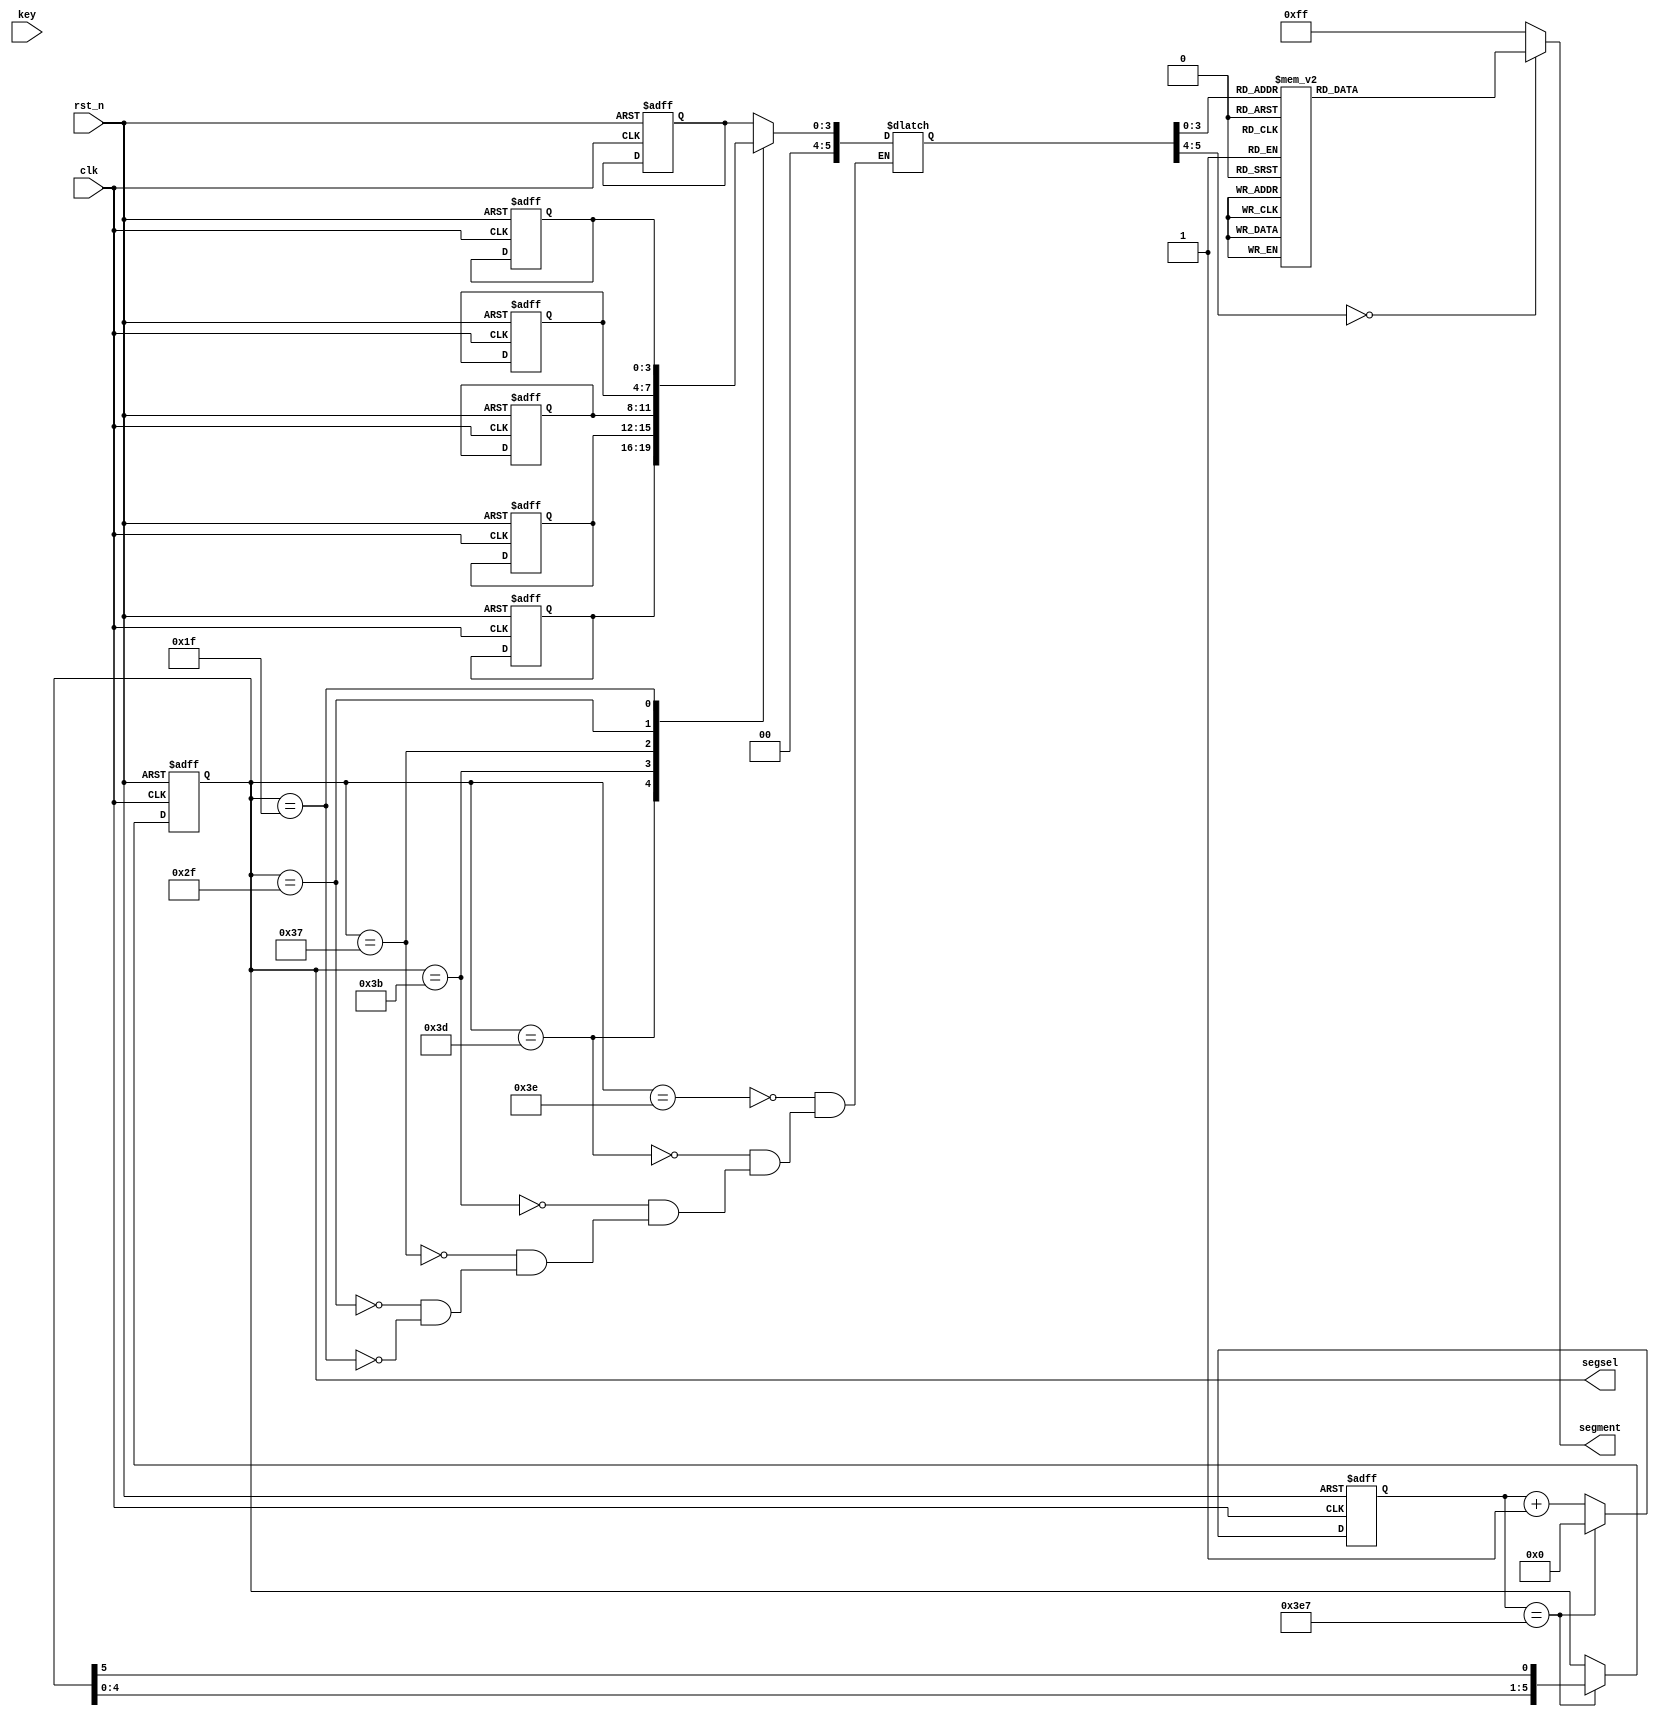
module seg_led (
	clk,
	rst_n,
	segment,
	segsel,
	key
);

input clk ;
input rst_n;
input key;

output[7:0] segment;
output[5:0] segsel;
reg[7:0] segment;
reg[5:0] segsel;

parameter DATA0   = 8'b00000011  ;
parameter DATA1   = 8'b11110011  ;
parameter DATA2   = 8'b00100101  ;
parameter DATA3   = 8'b00001101  ;
parameter DATA4   = 8'b10011001  ;
parameter DATA5   = 8'b01001001  ;
parameter DATA6   = 8'b01000001  ;
parameter DATA7   = 8'b00011111  ;
parameter DATA8   = 8'b00000001  ;
parameter DATA9   = 8'b00001001  ;



parameter TIME_20ms = 1_000_000 ;
reg[20:0] cnt_20ms;

always @(posedge clk or negedge rst_n)begin
    if(!rst_n)begin
        cnt_20ms <= 0;
    end
    else if( !key ) begin
        if(cnt_20ms<TIME_20ms-1)  cnt_20ms <= cnt_20ms + 1;
    end
	else cnt_20ms<=0;
end

reg key_flag,key_flagr;

always@(posedge clk or negedge rst_n)begin
    if(rst_n==1'b0)begin
        key_flag<=0;
    end
    else if(cnt_20ms==TIME_20ms-1) begin
        key_flag<=1;
    end
	else key_flag<=0;
end
always@(posedge clk or negedge rst_n)begin
    if(rst_n==1'b0)begin
		key_flagr<=0;
    end
    else begin
		key_flagr<=key_flag;
    end
end

wire key_en;
reg pause;

assign key_en=~key_flagr&key_flag;

always@(posedge clk or negedge rst_n)begin
    if(rst_n==1'b0)begin
        pause<=0;
    end
    else  begin
        if(key_en) pause<=~pause;
    end
end


parameter TIME_1s = 50_000_000 ;
reg[23:0] cnt_1s;

always @(posedge clk or negedge rst_n)begin
    if(!rst_n)begin
        cnt_1s <= 0;
    end
    else if(pause==0) begin
        if(cnt_1s==TIME_1s-1) cnt_1s <= 0;
        else cnt_1s <= cnt_1s + 1;
    end
end

reg[3:0] shi_s,shi_g,fen_s,fen_g,miao_s,miao_g;

always@(posedge clk or negedge rst_n)begin
    if(rst_n==1'b0)begin
        miao_g<=0;
    end
    else if(cnt_1s==TIME_1s-1&&pause==0) begin
        if( miao_g==9 ) miao_g<=0;
		else miao_g<=miao_g+1;
	end
end
always@(posedge clk or negedge rst_n)begin
    if(rst_n==1'b0)begin
        miao_s<=0;
    end
    else if( miao_g==9 && cnt_1s==TIME_1s-1) begin
        if( miao_s==5 ) miao_s<=0;
		else miao_s<=miao_s+1;
	end
end


always@(posedge clk or negedge rst_n)begin
    if(rst_n==1'b0)begin
        fen_g<=0;
    end
    else if(miao_s==5 && miao_g==9 && cnt_1s==TIME_1s-1) begin
        if( fen_g==9 ) fen_g<=0;
		else fen_g<=fen_g+1;
	end
end
always@(posedge clk or negedge rst_n)begin
    if(rst_n==1'b0)begin
        fen_s<=0;
    end
    else if( fen_g==9 && miao_s==5 && miao_g==9 && cnt_1s==TIME_1s-1) begin
        if( fen_s==5 ) fen_s<=0;
		else fen_s<=fen_s+1;
	end
end

wire[3:0] shi_g_thd;
always@(posedge clk or negedge rst_n)begin
    if(rst_n==1'b0)begin
        shi_g<=0;
    end
    else if(fen_s==5 &&fen_g==9 &&miao_s==5 && miao_g==9 && cnt_1s==TIME_1s-1) begin
		if(shi_g==shi_g_thd) shi_g<=0;
		else shi_g<=shi_g+1;
	end
end
assign shi_g_thd=shi_s<2?9:3;

always@(posedge clk or negedge rst_n)begin
    if(rst_n==1'b0)begin
        shi_s<=0;
    end
    else if(shi_g==shi_g_thd && fen_s==5 &&fen_g==9 &&miao_s==5 && miao_g==9 && cnt_1s==TIME_1s-1) begin
        if( shi_s==2 ) shi_s<=0;
		else shi_s<=shi_s+1;
	end
end

reg[5:0] dis_value;
always@(*)begin
    case( segsel )
      	6'b11_1110 : dis_value=miao_g ;
		6'b11_1101 : dis_value=miao_s ;
		6'b11_1011 : dis_value=fen_g ;
		6'b11_0111 : dis_value=fen_s ;
		6'b10_1111 : dis_value=shi_g ;
		6'b01_1111 : dis_value=shi_s ;		
      	default:  ;
    endcase
end

parameter TIME_20us = 1000 ;
reg[9:0] cnt_20us;

always @(posedge clk or negedge rst_n)begin
    if(!rst_n)begin
        cnt_20us <= 0;
    end
    else begin
        if(cnt_20us==TIME_20us-1) cnt_20us <= 0;
        else cnt_20us <= cnt_20us + 1;
    end
end

always@(posedge clk or negedge rst_n)begin
    if(rst_n==1'b0)begin
        segsel<=6'h3e;
    end
    else if(cnt_20us==TIME_20us-1) begin
		segsel<={segsel[4:0],segsel[5]};		
    end
end

always@(*)begin
	case( dis_value )
        0:  segment <= DATA0      ;
        1:  segment <= DATA1      ;
        2:  segment <= DATA2      ;
        3:  segment <= DATA3      ;
        4:  segment <= DATA4      ;
        5:  segment <= DATA5      ;
        6:  segment <= DATA6      ;
        7:  segment <= DATA7      ;
        8:  segment <= DATA8      ;
        9:  segment <= DATA9      ;
        default:segment <= 8'hff  ;
    endcase
end


endmodule